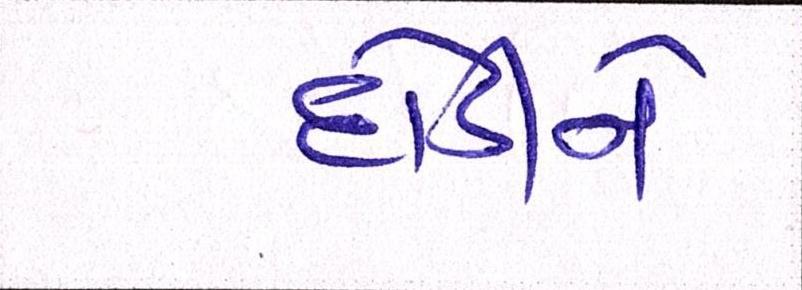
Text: દોડીને